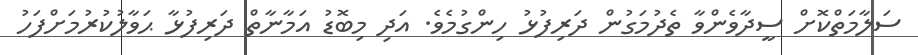
ސަލާމަތްކޮށް ސީދާވެންވާ ތެދުމަގުން ދަރިފުޅު ހިންގުމެވެ. އަދި މިބޮޑު އަމާނާތް ދަރިފުޅާ ޙަވާލުކުރުމަށްފަހު